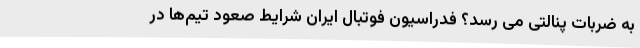
به ضربات پنالتی می رسد؟ فدراسیون فوتبال ایران شرایط صعود تیم‌ها در